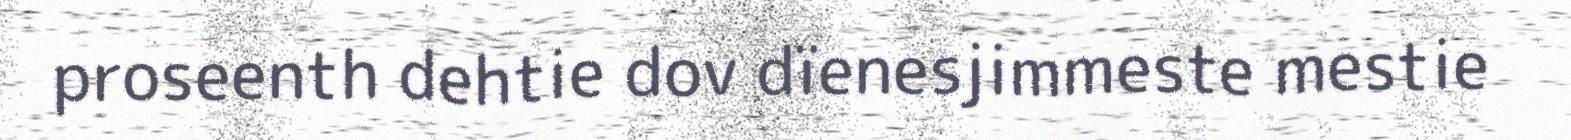
proseenth dehtie dov dïenesjimmeste mestie